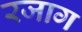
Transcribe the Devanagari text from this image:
रजाग